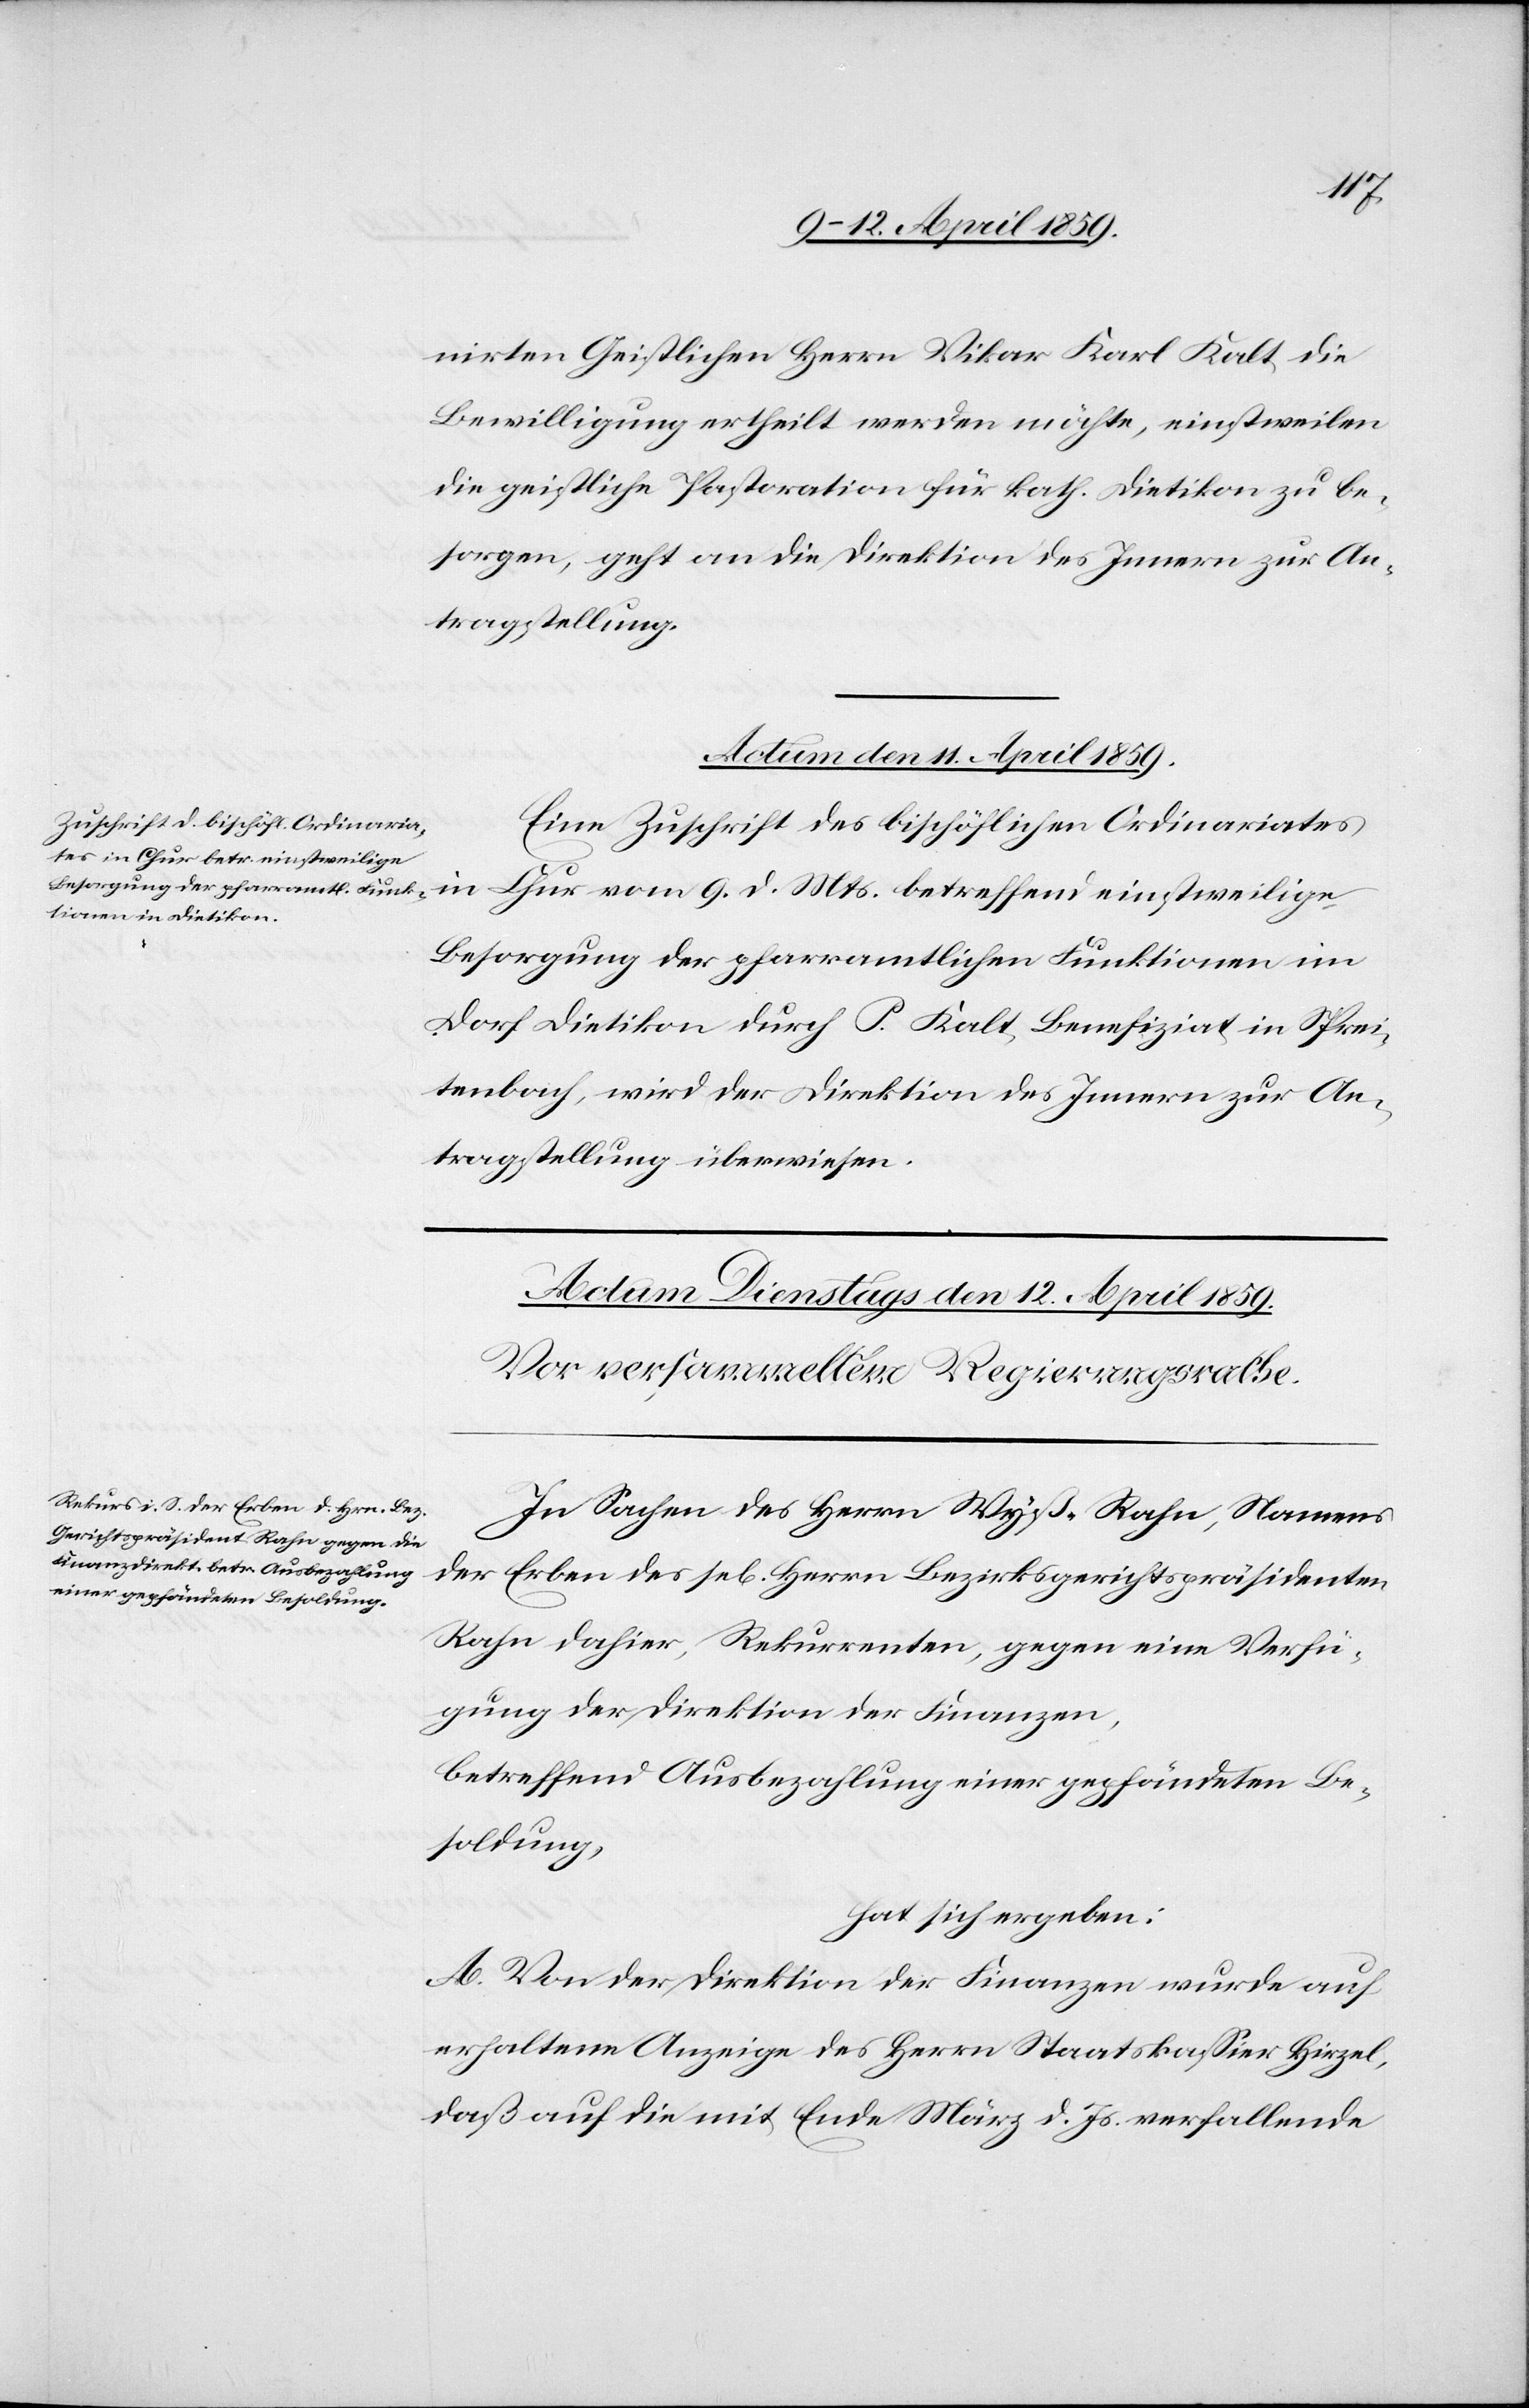
nirten Geistlichen Herrn Vikar Karl Kalt die
Bewilligung ertheilt werden möchte, einstweilen
die geistliche Pastoration für kath. Dietikon zu be¬
sorgen, geht an die Direktion des Innern zur An¬
tragstellung.
Actum den 11. April 1859.
Eine Zuschrift des bischöflichen Ordinariates
Besorgung der pfarramtlichen Funktionen im
Dorf Dietikon durch P. Kalt, Benefiziat in Sprei¬
tenbach, wird der Direktion des Innern zur An¬
tragstellung überwiesen.
In Sachen des Herrn Wyß-Rahn, Namens
der Erben des sel. Herrn Bezirksgerichtspräsidenten
Rahn dahier, Rekurrenten, gegen eine Verfü¬
gung der Direktion der Finanzen,
betreffend Ausbezahlung einer gepfändeten Be¬
soldung,
hat sich ergeben:
A. Von der Direktion der Finanzen wurde auf
erhaltene Anzeige des Herrn Staatskaßier Hirzel,
daß auf die mit Ende März d. Js. verfallende